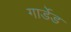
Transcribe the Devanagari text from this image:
गार्डेड